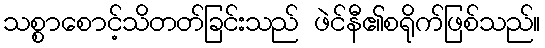
သစ္စာစောင့်သိတတ်ခြင်းသည် ဖဲင်နီ၏စရိုက်ဖြစ်သည်။